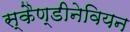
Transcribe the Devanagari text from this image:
स्कैण्डीनेवियन